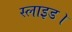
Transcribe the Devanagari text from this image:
स्लाइड।